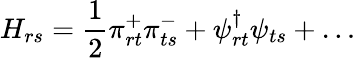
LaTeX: H_{rs}=\frac{1}{2}\pi_{rt}^{+}\pi_{ts}^{-}+\psi_{rt}^{\dagger}\psi_{ts}+\ldots